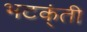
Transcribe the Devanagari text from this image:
भटक्ंती